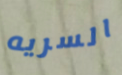
السريه